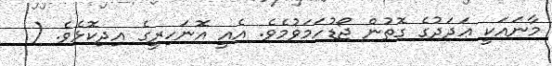
މާނައަކީ ޢަދަދުގެ ގޮތުން ޖޯޑުހަމަވުމެވެ. އެއީ އޮނަހިރީގެ އިދިކޮޅެވެ. (